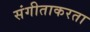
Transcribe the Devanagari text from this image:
संगीताकरता